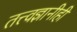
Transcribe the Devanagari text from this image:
तत्त्वज्ञानीही